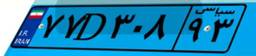
۸۰D۷۳۴۷۷